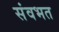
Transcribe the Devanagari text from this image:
संवभत